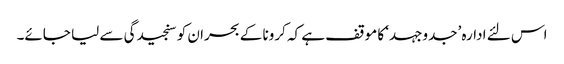
اس لئے ادارہ ’جدوجہد‘ کا موقف ہے کہ کرونا کے بحران کو سنجیدگی سے لیا جائے۔